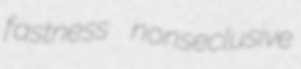
fastness nonseclusive